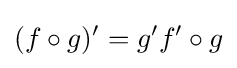
(f\circ g)'=g'f'\circ g